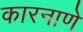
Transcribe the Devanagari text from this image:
कारनाणे